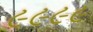
૯૯૯૯